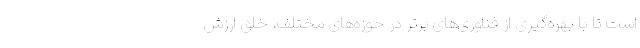
است تا با بهره‌گیری از فناوری‌های برتر در حوزه‌های مختلف، خلق ارزش